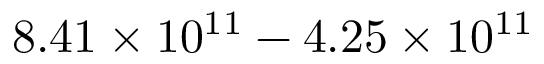
8 . 4 1 \times 1 0 ^ { 1 1 } - 4 . 2 5 \times 1 0 ^ { 1 1 }